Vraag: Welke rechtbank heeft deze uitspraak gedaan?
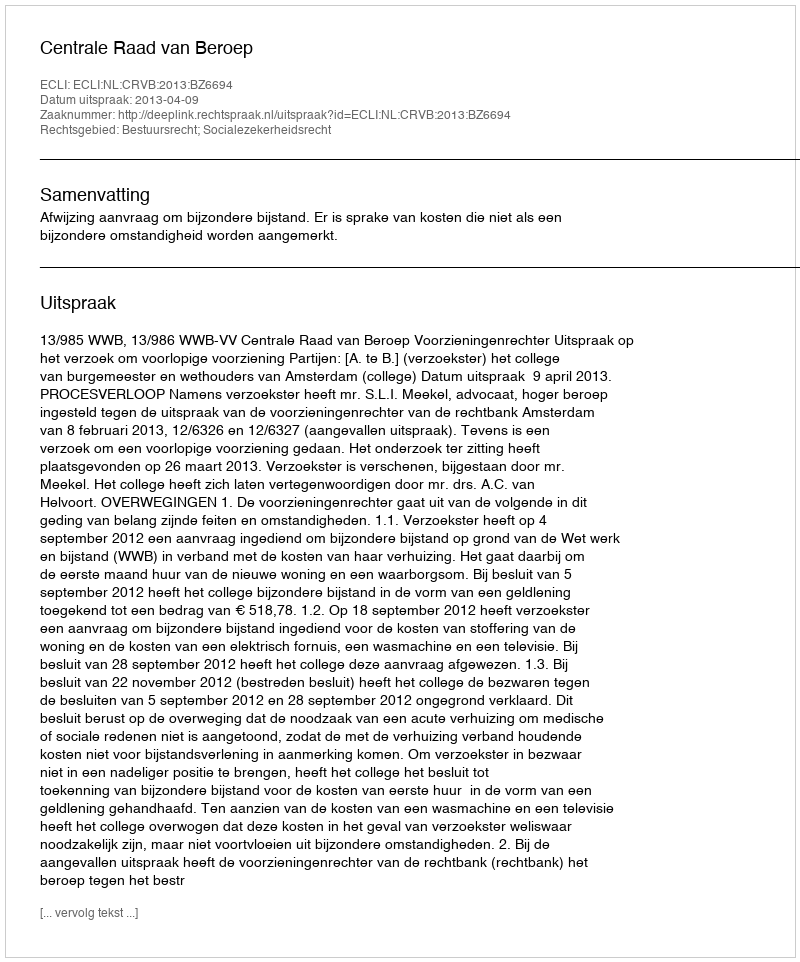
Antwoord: Centrale Raad van Beroep